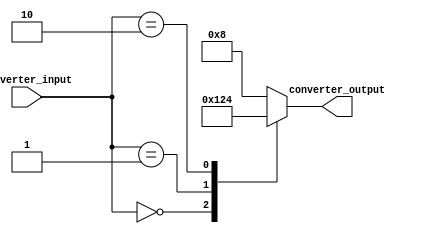
`timescale 1ns / 1ps
//////////////////////////////////////////////////////////////////////////////////
// Company: 
// Engineer: 
// 
// Design Name: 
// Module Name: converter
// Project Name: 
// Target Devices: 
// Tool Versions: 
// Description: 
// 
// Dependencies: 
// 
// Revision:
// Revision 0.01 - File Created
// Additional Comments:
// 
//////////////////////////////////////////////////////////////////////////////////


module converter(

input [1:0] converter_input,
output reg [3:0] converter_output

    );
    
always @(*) begin

    case(converter_input)
        2'b00 : converter_output <= 4'b0001;
        2'b01 : converter_output <= 4'b0010;
        2'b10 : converter_output <= 4'b0100;
        default : converter_output <= 4'b1000;
    endcase

end   
    
endmodule